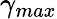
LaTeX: \gamma_{max}